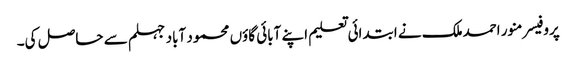
پروفیسر منور احمدملک نے ابتدائی تعلیم اپنے آبائی گاؤں محمود آباد جہلم سے حاصل کی۔